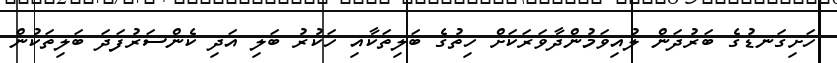
ހަށިގަނޑުގެ ބަރުދަން ލުއިވަމުންދާވަރަކަށް ހިތުގެ ބަލިތަކާއި ހަކުރު ބަލި އަދި ކެންސަރުފަދަ ބަލިތަކުން